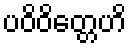
ပဝိဝိတ္တေဟိ